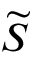
\widetilde { S }